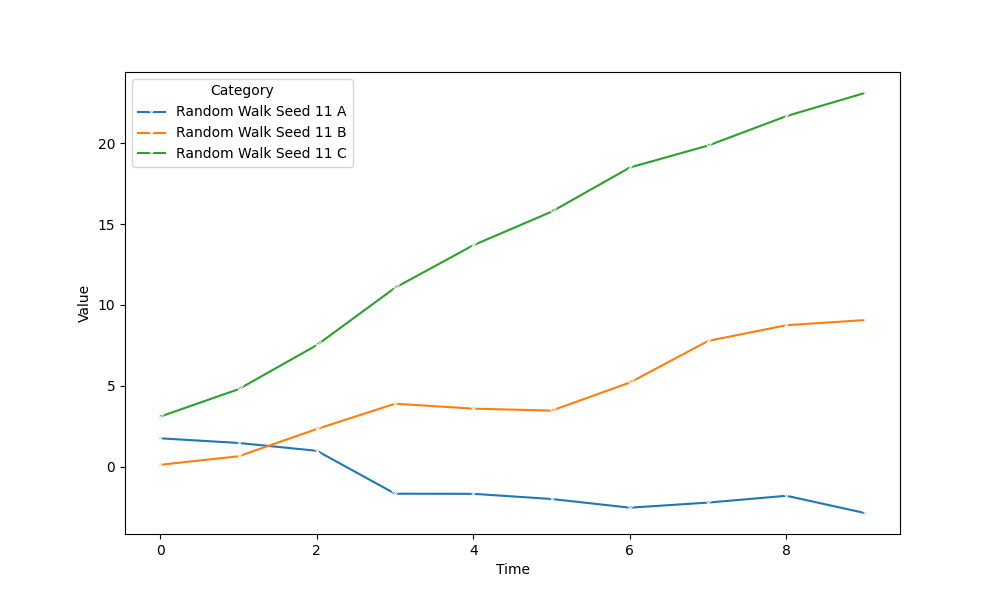
python, seaborn, lineplot, style='solid', marker='x'